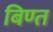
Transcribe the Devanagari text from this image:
बिण्त